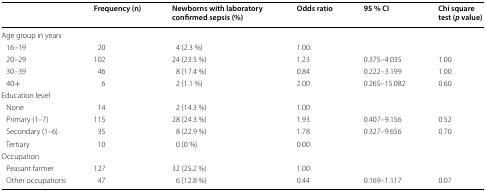
|  | Frequency (n) | Newborns with laboratory confirmed sepsis (%) | Odds ratio | 95 % CI | Chi square test (p value) |
 | --- | --- | --- | --- | --- | --- |
 | <COLSPAN=6> Age group in years |
 | 16–19 | 20 | 4 (2.3 %) | 1.00 |  |  |
 | 20–29 | 102 | 24 (23.5 %) | 1.23 | 0.375–4.035 | 1.00 |
 | 30–39 | 46 | 8 (17.4 %) | 0.84 | 0.222–3.199 | 1.00 |
 | 40+ | 6 | 2 (1.1 %) | 2.00 | 0.265–15.082 | 0.60 |
 | <COLSPAN=6> Education level |
 | None | 14 | 2 (14.3 %) | 1.00 |  |  |
 | Primary (1–7) | 115 | 28 (24.3 %) | 1.93 | 0.407–9.156 | 0.52 |
 | Secondary (1–6) | 35 | 8 (22.9 %) | 1.78 | 0.327–9.656 | 0.70 |
 | Tertiary | 10 | 0 (0 %) | 0.00 |  |  |
 | <COLSPAN=6> Occupation |
 | Peasant farmer | 127 | 32 (25.2 %) | 1.00 |  |  |
 | Other occupations | 47 | 6 (12.8 %) | 0.44 | 0.169–1.117 | 0.07 |